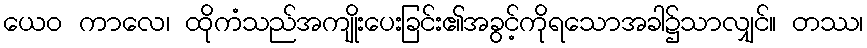
ယေဝ ကာလေ၊ ထိုကံသည်အကျိုးပေးခြင်း၏အခွင့်ကိုရသောအခါ၌သာလျှင်။ တဿ၊